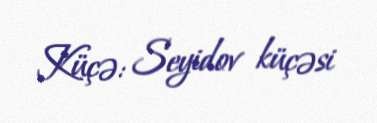
Küçə: Seyidov küçəsi